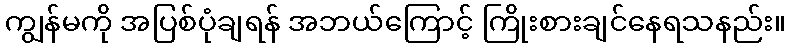
ကျွန်မကို အပြစ်ပုံချရန် အဘယ်ကြောင့် ကြိုးစားချင်နေရသနည်း။